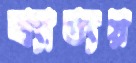
ব্যাত্যয়